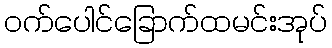
ဝက်ပေါင်ခြောက်ထမင်းအုပ်